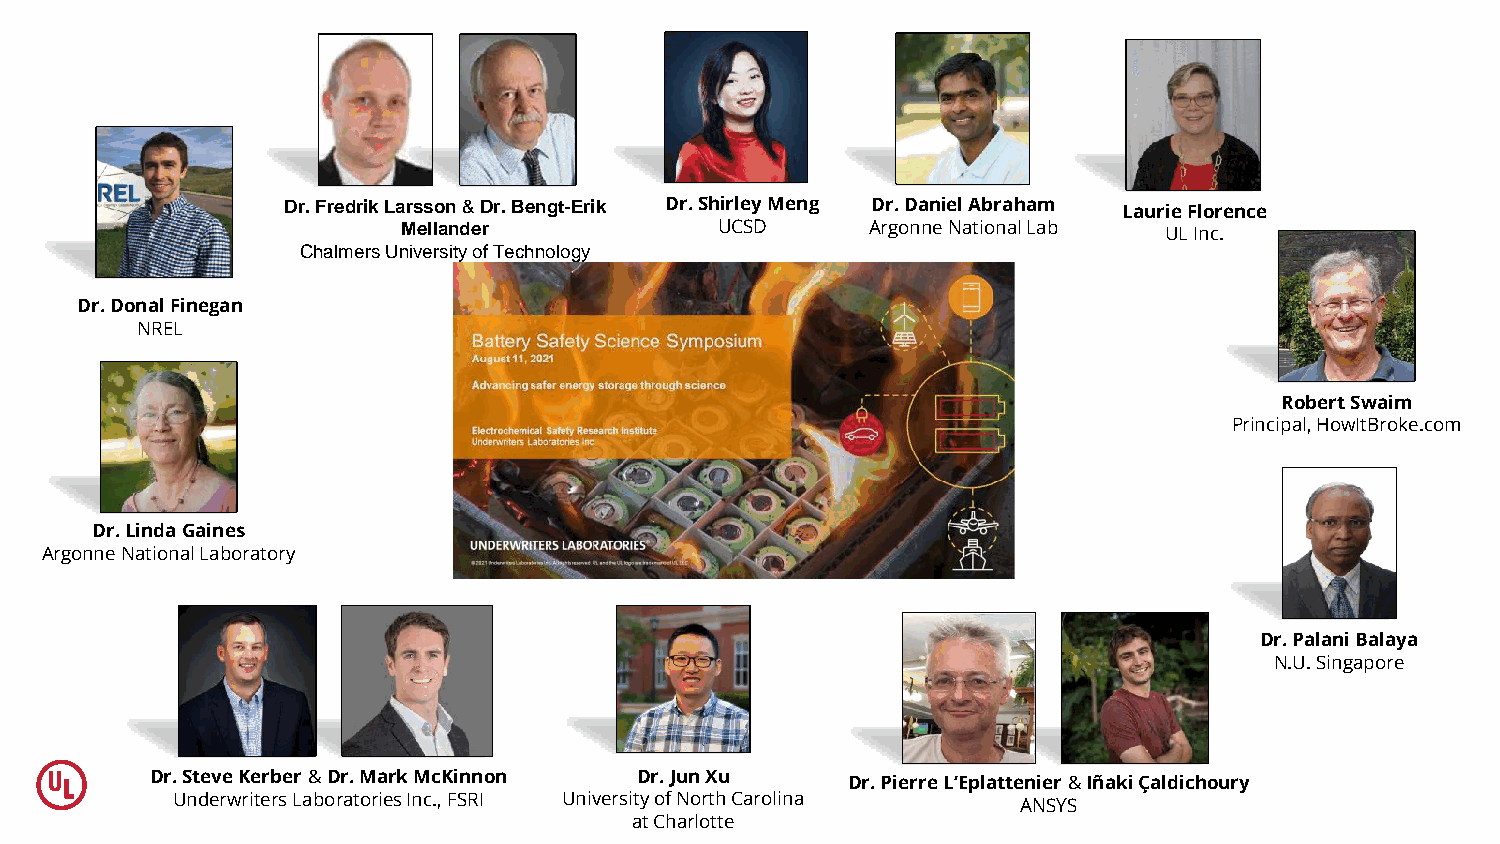
Dr. Fredrik Larsson &Dr. Bengt-Erik Dr. Shirley Meng Dr. Daniel Abraham Laurie Florence
 Mellander            UCSD      Argonne National Lab UL Inc.
 Chalmers University of Technology
 Dr. Donal Finegan
 NREL
 Robert Swaim
 Principal, HowItBroke.com
 Dr. Linda Gaines
 Argonne National Laboratory
 Dr. Palani Balaya
 N.U. Singapore
 Dr. Steve Kerber &Dr. Mark McKinnon Dr. Jun Xu Dr. Pierre L’Eplattenier &IñakiÇaldichoury
 Underwriters Laboratories Inc., FSRI University of North Carolina ANSYS
 at Charlotte